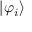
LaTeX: | \varphi _ { i } \rangle